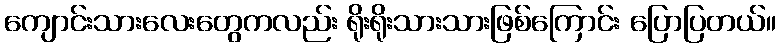
ကျောင်းသားလေးတွေကလည်း ရိုးရိုးသားသားဖြစ်ကြောင်း ပြောပြတယ်။